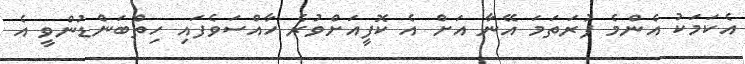
އެކަމަކު އެންމެ ފުރަތަމަ އޭނާ އަށް އެ ކޮފީއަށްވުރެ ހާއްސަވެފައި ހިތްބަންޑުންވީ އެ